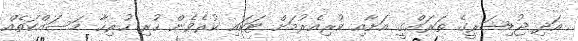
އަދި ޖުޑިޝަރީގެ ތަރައްގީ އަށާއި ކުރިއެރުމަށް ޓަކައި ކުރެވެން ހުރި ހުރިހާ މަސައްކަތެއް